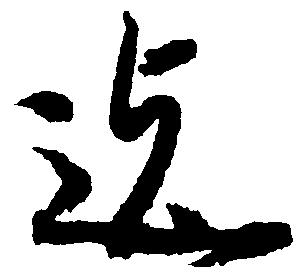
迄